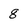
Character: 8